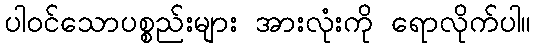
ပါဝင်သောပစ္စည်းများ အားလုံးကို ရောလိုက်ပါ။